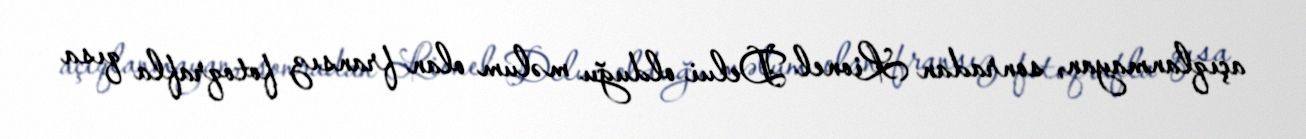
açıqlanmayan, sonradan Lionel Delui olduğu məlum olan fransız fotoqrafla qısa